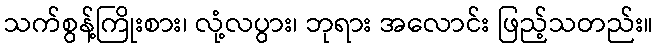
သက်စွန့်ကြိုးစား၊ လုံ့လပွား၊ ဘုရား အလောင်း ဖြည့်သတည်း။